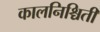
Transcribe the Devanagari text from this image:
कालनिश्चिती